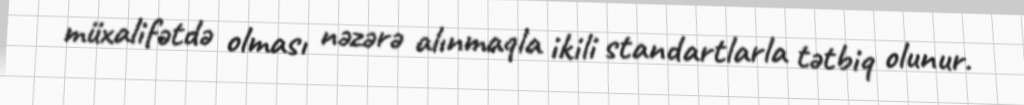
müxalifətdə olması nəzərə alınmaqla ikili standartlarla tətbiq olunur.